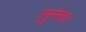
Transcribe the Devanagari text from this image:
सुनेगा।